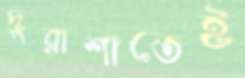
দুরাশাতেই